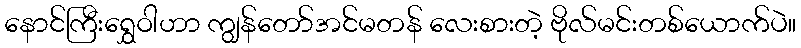
နောင်ကြီးရွှေဝါဟာ ကျွန်တော်အင်မတန် လေးစားတဲ့ ဗိုလ်မင်းတစ်ယောက်ပဲ။